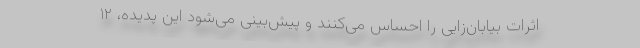
اثرات بیابان‌زایی را احساس می‌کنند و پیش‌بینی می‌شود این پدیده، ۱۲